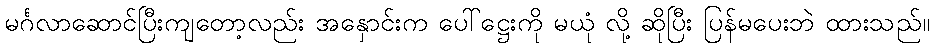
မင်္ဂလာဆောင်ပြီးကျတော့လည်း အနှောင်းက ပေါ်ဋ္ဌေးကို မယုံ လို့ ဆိုပြီး ပြန်မပေးဘဲ ထားသည်။